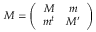
{ \cal M } = \left( \begin{array} { c c } { { M } } & { { m } } \\ { { m ^ { t } } } & { { M ^ { \prime } } } \end{array} \right)